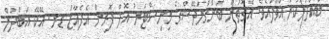
ބައްދަލުކުރައްވާފައެވެ. އެގޮތުން ބަންގްލަދޭޝްގެ މިނިސްޓަރު އޮފް ފޮރިން އެފެއާޒް ޑރ. އޭކޭ އަބްދުލް